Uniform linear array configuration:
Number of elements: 48
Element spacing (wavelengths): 1
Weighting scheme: exponential
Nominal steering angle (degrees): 60
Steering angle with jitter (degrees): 58.057
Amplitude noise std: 0.05
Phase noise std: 0.05

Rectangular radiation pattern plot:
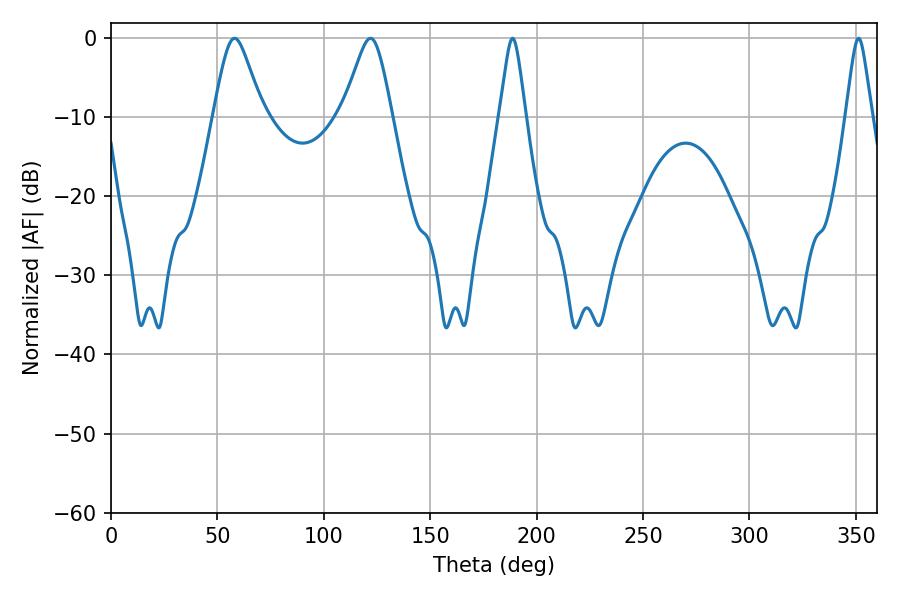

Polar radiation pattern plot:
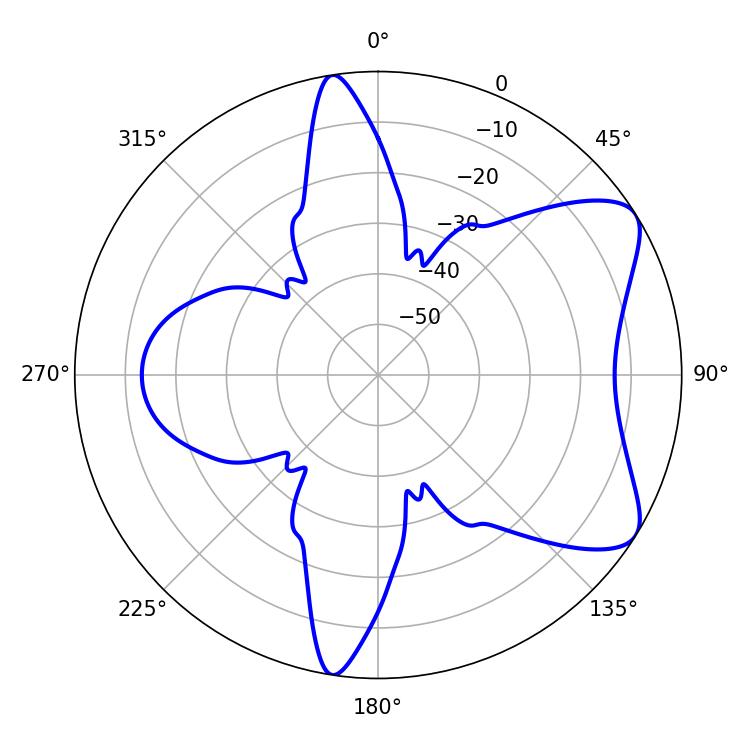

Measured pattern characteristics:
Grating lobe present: TRUE
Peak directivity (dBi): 7.362
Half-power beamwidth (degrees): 11.16
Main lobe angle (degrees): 58.14